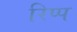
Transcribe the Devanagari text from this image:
रिप्प